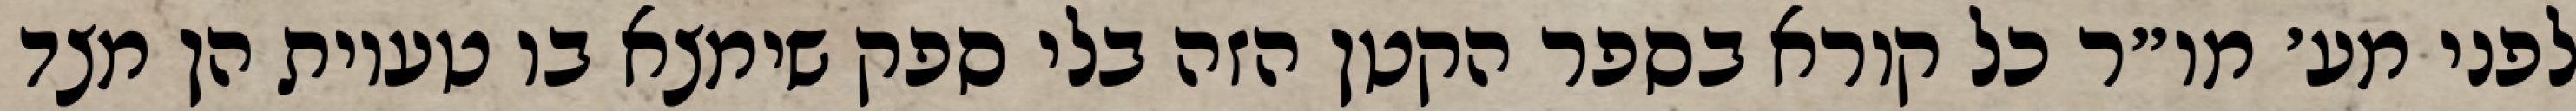
לפני מע׳ מו״ר כל קורא בספר הקטן הזה בלי ספק שימצא בו טעיות הן מצד